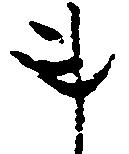
事